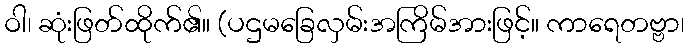
ဝါ၊ ဆုံးဖြတ်ထိုက်၏။ (ပဌမခြေလှမ်းအကြိမ်အားဖြင့်။ ကာရေတဗ္ဗာ၊